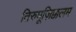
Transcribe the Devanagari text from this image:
तिरुमूज़िक्कलम